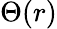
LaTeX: \Theta(r)